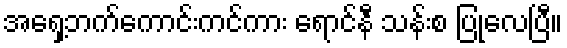
အရှေ့ဘက်ကောင်းကင်ကား ရောင်နီ သန်းစ ပြုလေပြီ။